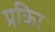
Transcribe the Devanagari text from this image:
प्रक्रिा